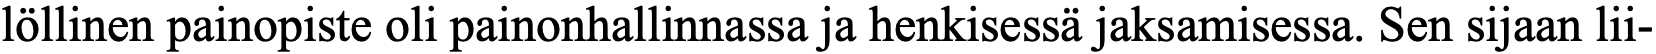
löllinen painopiste oli painonhallinnassa ja henkisessä jaksamisessa. Sen sijaan lii-